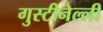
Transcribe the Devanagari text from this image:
गुस्टीनेल्ली